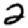
Digit: 2